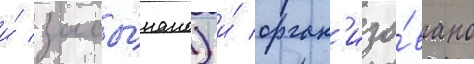
и́ засы́пано) и́ орган'изо́вано